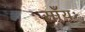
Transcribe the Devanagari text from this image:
साँयः